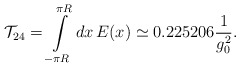
\begin{align*}{\cal T}_{24}=\int\limits_{-\pi R}^{\pi R} dx\, E(x)\simeq 0.225206 \frac{1}{g_0^2}.\end{align*}